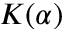
K ( \alpha )